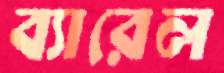
ব্যারেল